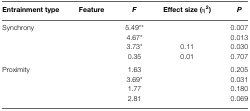
<table><thead><tr><td><b>Entrainment type</b></td><td><b>Feature</b></td><td><b><i>F</i></b></td><td><b>Effect size (η<sup>2</sup>)</b></td><td><b><i>P</i></b></td></tr></thead><tbody><tr><td>Synchrony</td><td>[EMPTY_CELL]</td><td>5.49**</td><td>[EMPTY_CELL]</td><td>0.007</td></tr><tr><td>[EMPTY_CELL]</td><td>[EMPTY_CELL]</td><td>4.67*</td><td>[EMPTY_CELL]</td><td>0.013</td></tr><tr><td>[EMPTY_CELL]</td><td>[EMPTY_CELL]</td><td>3.73*</td><td>0.11</td><td>0.030</td></tr><tr><td>[EMPTY_CELL]</td><td>[EMPTY_CELL]</td><td>0.35</td><td>0.01</td><td>0.707</td></tr><tr><td>Proximity</td><td>[EMPTY_CELL]</td><td>1.63</td><td>[EMPTY_CELL]</td><td>0.205</td></tr><tr><td>[EMPTY_CELL]</td><td>[EMPTY_CELL]</td><td>3.69*</td><td>[EMPTY_CELL]</td><td>0.031</td></tr><tr><td>[EMPTY_CELL]</td><td>[EMPTY_CELL]</td><td>1.77</td><td>[EMPTY_CELL]</td><td>0.180</td></tr><tr><td>[EMPTY_CELL]</td><td>[EMPTY_CELL]</td><td>2.81</td><td>[EMPTY_CELL]</td><td>0.069</td></tr></tbody></table>